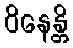
ဝိနေန္တိ